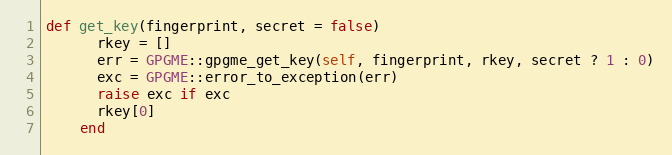
Language: Ruby
def get_key(fingerprint, secret = false)
      rkey = []
      err = GPGME::gpgme_get_key(self, fingerprint, rkey, secret ? 1 : 0)
      exc = GPGME::error_to_exception(err)
      raise exc if exc
      rkey[0]
    end